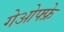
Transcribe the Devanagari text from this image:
गेओफ्फ्रे